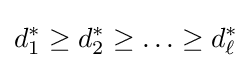
d_{1}^{*}\geq d_{2}^{*}\geq \ldots \geq d_{\ell }^{*}